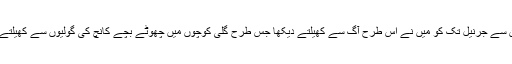
جوان سے جرنیل تک کو میں نے اس طرح آگ سے کھیلتے دیکھا جس طرح گلی کوچوں میں چھوٹے بچے کانچ کی گولیوں سے کھیلتے ہیں۔